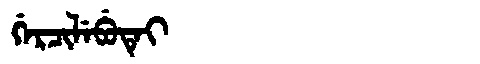
Manchu: ᡤᡝᡵᠴᡳᠯᡝᠪᡠᡨᡝᡳ
Romanization: GERCILEBUTEI